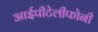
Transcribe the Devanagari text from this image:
आईपीटेलीफोनी